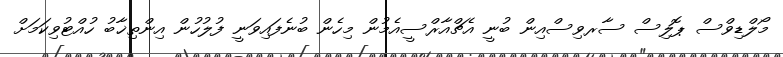
މޯލްޑިވްސް ޕޮލިސް ސާރވިސްއިން ބުނީ އެޗްއާރްސީއެމުން މިހެން ބުނެފައިވަނީ ފުލުހުން އިންތިޚާބު ހުއްޓުވިކަމަށް